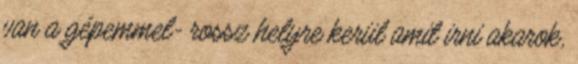
van a gépemmel- rossz helyre kerül amit irni akarok,